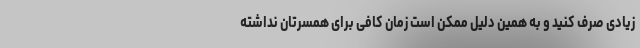
زیادی صرف کنید و به همین دلیل ممکن است زمان کافی برای همسرتان نداشته